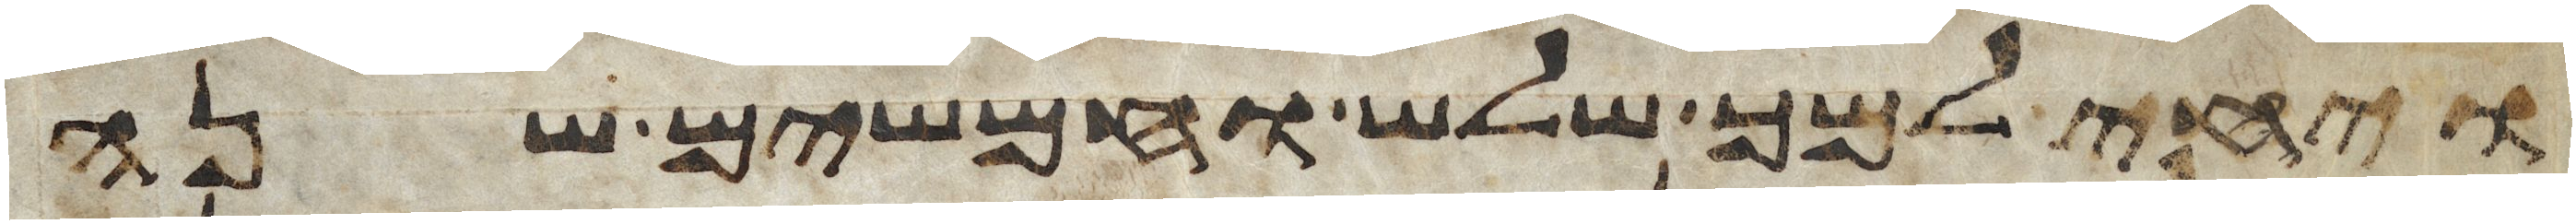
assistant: ויחי למך שלש וחמשים שנה